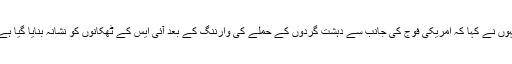
انہوں نے کہا کہ امریکی فوج کی جانب سے دہشت گردوں کے حملے کی وارننگ کے بعد آئی ایس کے ٹھکانوں کو نشانہ بنایا گیا ہے ۔